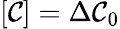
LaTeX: [\mathcal{C}]=\Delta\mathcal{C}_{0}